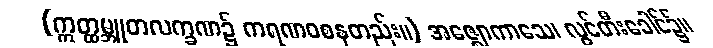
(ဣတ္ထမ္ဘူတလက္ခဏ၌ ကရဏဝစနတည်း။) အဇ္ဈောကာသေ၊ လွင်တီးခေါင်၌။